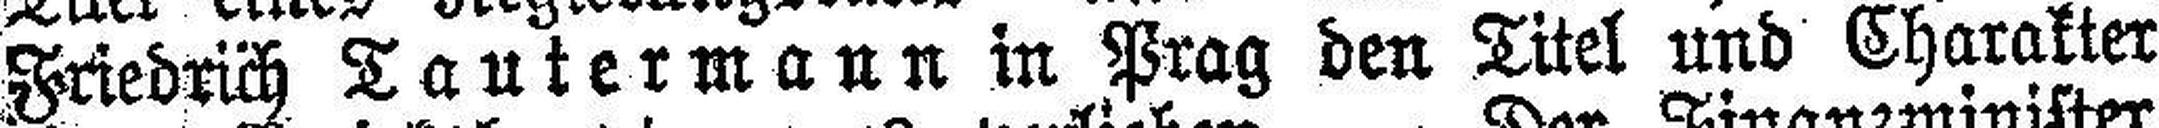
Friedrich Tautermann in Prag den Titel und Charakter